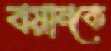
বয়ানকে